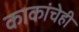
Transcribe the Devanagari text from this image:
काकांचेही